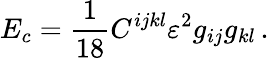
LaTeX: E_{c}=\frac 1{18}C^{ijkl}\varepsilon^{2}g_{ij}g_{kl}\, .